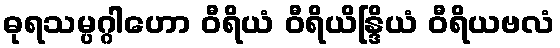
ဓုရသမ္ပဂ္ဂါဟော ဝီရိယံ ဝီရိယိန္ဒြိယံ ဝီရိယဗလံ